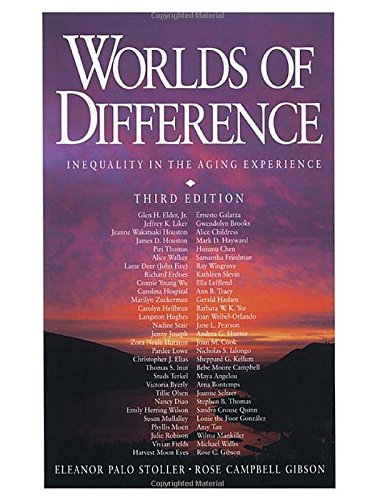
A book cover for Worlds of Difference: Inequality in the Aging Experience; Politics & Social Sciences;